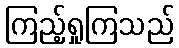
ကြည့်ရှုကြသည်